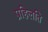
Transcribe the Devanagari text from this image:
प्रहिलति